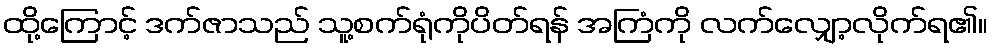
ထို့ကြောင့် ဒက်ဇာသည် သူ့စက်ရုံကိုပိတ်ရန် အကြံကို လက်လျှော့လိုက်ရ၏။